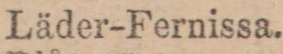
Läder-Fernissa.